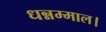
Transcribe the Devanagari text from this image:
धन्नम्माल।